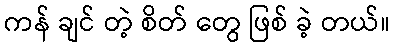
ကန် ချင် တဲ့ စိတ် တွေ ဖြစ် ခဲ့ တယ်။